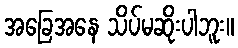
အခြေအနေ သိပ်မဆိုးပါဘူး။